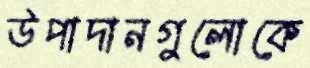
উপাদানগুলোকে